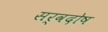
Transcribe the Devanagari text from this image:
सर्वदोष